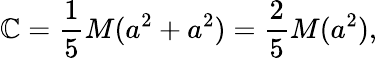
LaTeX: \mathbb{C}={\frac{{1}}{{5}}}M(a^{2}+a^{2})={\frac{{2}}{{5}}}M(a^{2}),